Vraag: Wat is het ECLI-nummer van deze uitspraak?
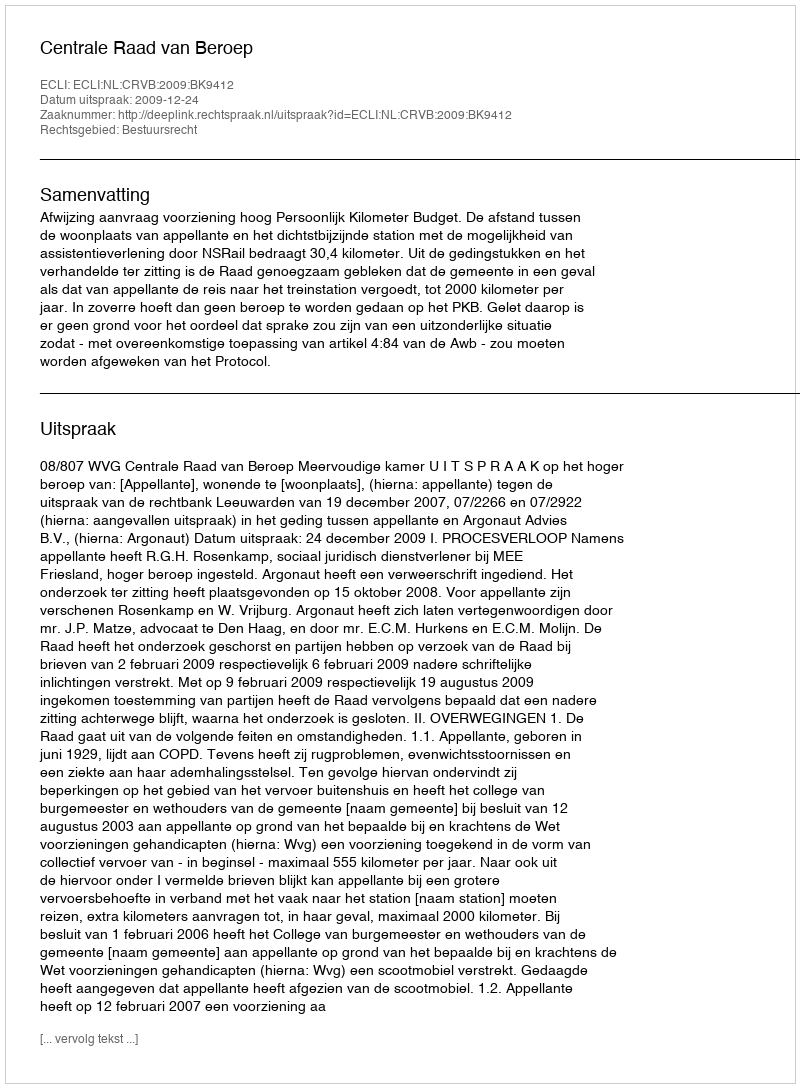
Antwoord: ECLI:NL:CRVB:2009:BK9412